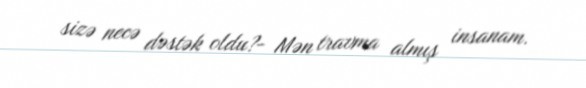
sizə necə dəstək oldu?- Mən travma almış insanam.